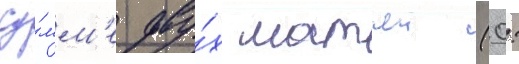
су́мм'е дву́х матчеи (0: